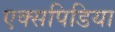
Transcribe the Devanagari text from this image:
एक्सपिडिया